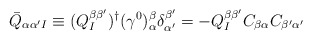
\begin{align*}\bar{Q}_{\alpha\alpha'I}\equiv (Q_I^{\beta\beta'})^{\dagger}(\gamma^0)_{\alpha}^{\beta}\delta_{\alpha'}^{\beta'}=-Q_I^{\beta\beta'}C_{\beta\alpha}C_{\beta'\alpha'}\end{align*}